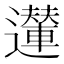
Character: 𨘪